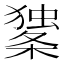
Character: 𰘼